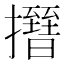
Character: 𢸰